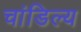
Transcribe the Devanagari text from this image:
चांडिल्य